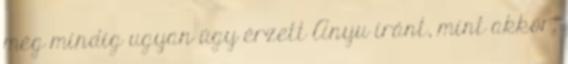
még mindig ugyan úgy érzett Anyu iránt, mint akkor,